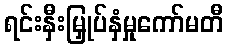
ရင်းနှီးမြှုပ်နှံမှုကော်မတီ